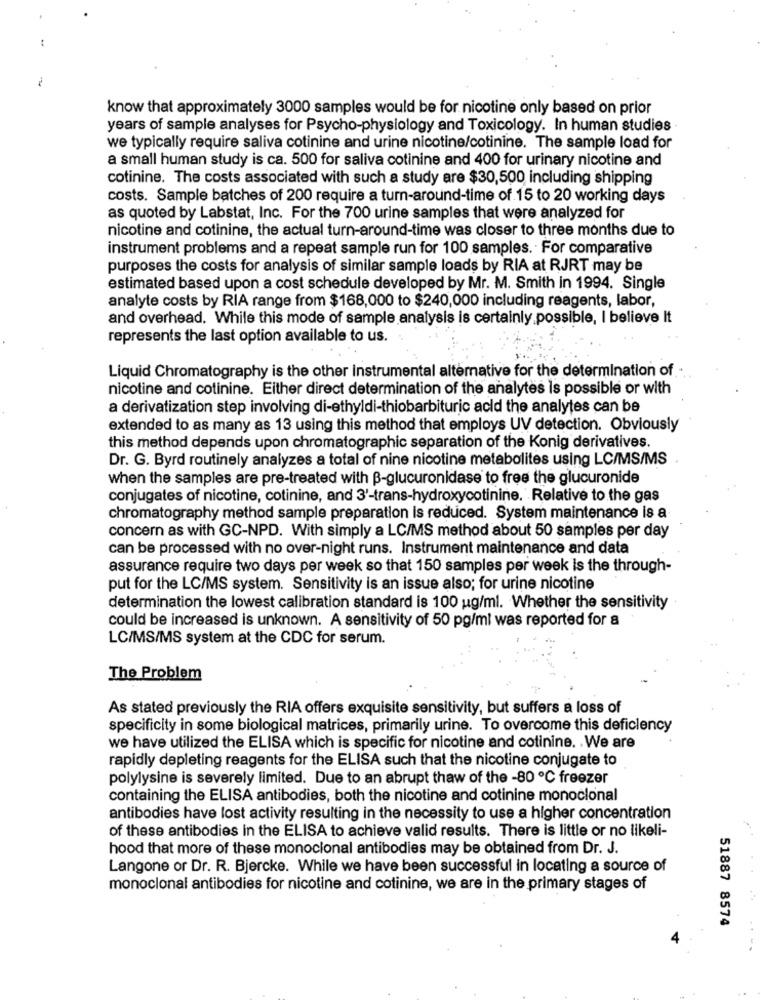
know that approximately 3000 samples would be for nicotine only based on prior
years of sample analyses for Psycho-physiology and Toxicology. In human studies
we typically require saliva cotinine and urine nicotine/cotinine. The sample load for
a small human study is ca. 500 for saliva cotinine and 400 for urinary nicotine and
cotinine. The costs associated with such a study are $30,500 including shipping
costs. Sample batches of 200 require a turn-around-time of 15 to 20 working days
as quoted by Labstat, Inc. For the 700 urine samples that were analyzed for
nicotine and cotinine, the actual turn-around-time was closer to three months due to
instrument problems and a repeat sample run for 100 samples. For comparative
purposes the costs for analysis of similar sample loads by RIA at RJRT may be
estimated based upon a cost schedule developed by Mr. M. Smith in 1994. Single
analyte costs by RIA range from $168,000 to $240,000 including reagents, labor,
and overhead. While this mode of sample analysis is certainly possible, I believe It
represents the last option available to us.
Liquid Chromatography is the other instrumental alternative for the determination of
nicotine and cotinine. Either direct determination of the analytes is possible or with
a derivatization step involving di-ethyldi-thiobarbituric acid the analytes can be
extended to as many as 13 using this method that employs UV detection. Obviously
this method depends upon chromatographic separation of the Konig derivatives
Dr. G. Byrd routinely analyzes a total of nine nicotine metabolites using LC/MS/MS
when the samples are pre-treated with B-glucuronidase to free the glucuronide
conjugates of nicotine, cotinine, and 3'-trans-hydroxycotinine. Relative to the gas
chromatography method sample preparation is reduced. System maintenance is a
concern as with GC-NPD. With simply a LC/MS method about 50 samples per day
can be processed with no over-night runs. Instrument maintenance and data
assurance require two days per week so that 150 samples per week is the through-
put for the LC/MS system. Sensitivity is an issue also; for urine nicotine
determination the lowest calibration standard is 100 ug/ml. Whether the sensitivity
could be increased is unknown. A sensitivity of 50 pg/ml was reported for a
LC/MS/MS system at the CDC for serum.
The Problem
As stated previously the RIA offers exquisite sensitivity, but suffers a loss of
specificity in some biological matrices, primarily urine. To overcome this deficiency
we have utilized the ELISA which is specific for nicotine and cotinine. . We are
rapidly depleting reagents for the ELISA such that the nicotine conjugate to
polylysine is severely limited. Due to an abrupt thaw of the -80 ℃ freezer
containing the ELISA antibodies, both the nicotine and cotinine monoclonal
antibodies have lost activity resulting in the necessity to use a higher concentration
of these antibodies in the ELISA to achieve valid results. There is little or no likeli-
hood that more of these monoclonal antibodies may be obtained from Dr. J.
Langone or Dr. R. Bjercke. While we have been successful in locating a source of
monoclonal antibodies for nicotine and cotinine, we are in the primary stages of
51887 8574